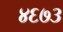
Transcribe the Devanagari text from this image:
४६७३